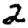
Digit: 2